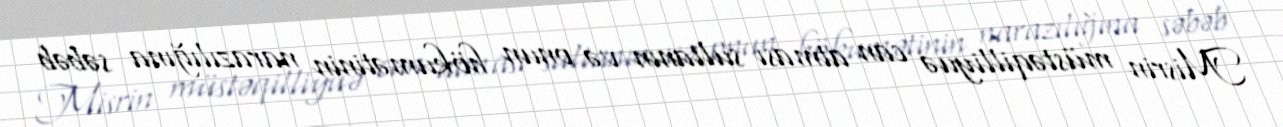
Misrin müstəqilliyuə can atması sultanın və onun hökumətinin narazılığına səbəb